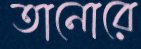
তানোরে